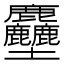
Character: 𪋻